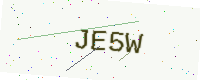
Text: JE5W